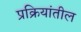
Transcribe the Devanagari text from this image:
प्रक्रियांतील